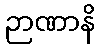
ဉာဏာနိ